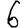
Digit: 6